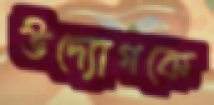
উদ্যোগকে